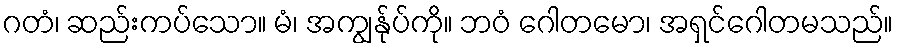
ဂတံ၊ ဆည်းကပ်သော။ မံ၊ အကျွန်ုပ်ကို။ ဘဝံ ဂေါတမော၊ အရှင်ဂေါတမသည်။